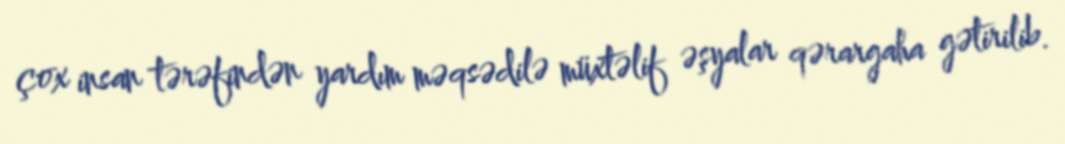
çox insan tərəfindən yardım məqsədilə müxtəlif əşyalar qərargaha gətirilib.